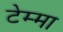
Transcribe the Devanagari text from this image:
टेम्मा